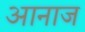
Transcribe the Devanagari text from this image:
आनाज